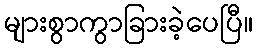
များစွာကွာခြားခဲ့ပေပြီ။